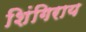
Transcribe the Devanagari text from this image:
शिंगिराय